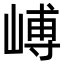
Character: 𪩉